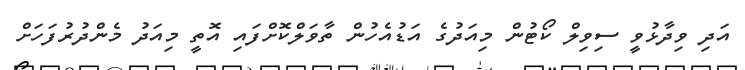
އަދި ވިދާޅުވީ ސިވިލް ކޯޓުން މިއަދުގެ އަޑުއެހުން ތާވަލްކޮށްފައި އޮތީ މިއަދު މެންދުރުފަހަށް